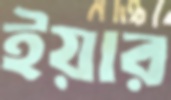
ইয়ার